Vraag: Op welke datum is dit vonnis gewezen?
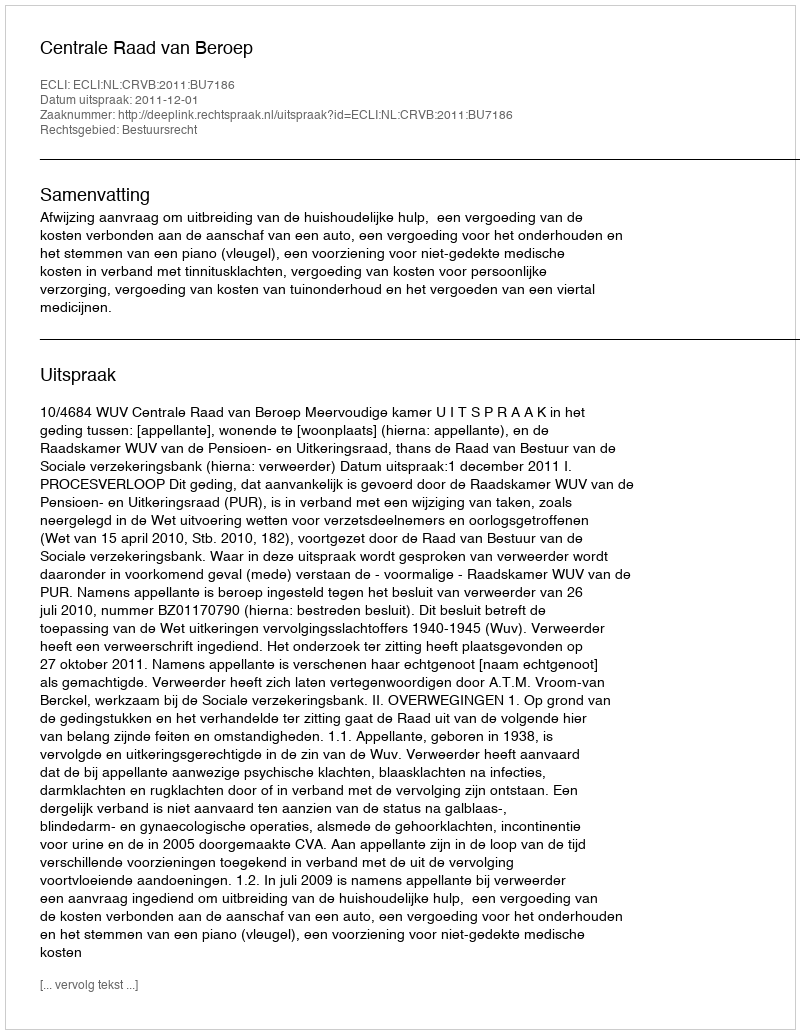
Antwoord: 2011-12-01